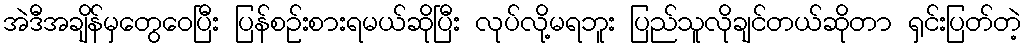
အဲဒီအချိန်မှတွေဝေပြီး ပြန်စဉ်းစားရမယ်ဆိုပြီး လုပ်လို့မရဘူး ပြည်သူလိုချင်တယ်ဆိုတာ ရှင်းပြတ်တဲ့